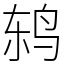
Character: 鸫